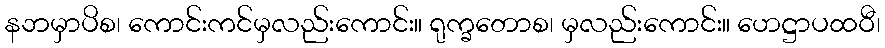
နဘမှာပိစ၊ ကောင်းကင်မှလည်းကောင်း။ ရုက္ခတောစ၊ မှလည်းကောင်း။ ဟေဋ္ဌာပထဝီ၊